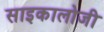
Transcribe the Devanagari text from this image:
साइकालोजी